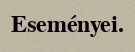
Eseményei.